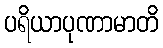
ပရိယာပုဏာမာတိ